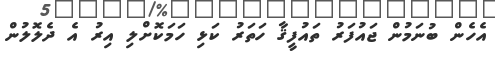
އެހެން ބުނަމުން ޖައުފަރު ތައުފީޤާ ހަތަރު ކަޅި ހަމަކޮށްލި އިރު އެ ދެލޮލުން